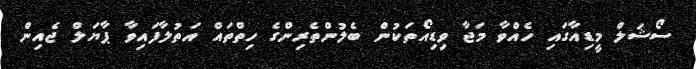
ސޯޝަލް މީޑިއާގައި ހެއްވާ މަޖާ ވިޑިއޯތަކުން ބެލުންތެރިންގެ ހިތްތައް އަތުލާފައިވާ ޕާޔަލް ޖެއިން